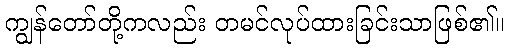
ကျွန်တော်တို့ကလည်း တမင်လုပ်ထားခြင်းသာဖြစ်၏။